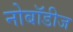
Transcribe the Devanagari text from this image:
नोबॉडीज